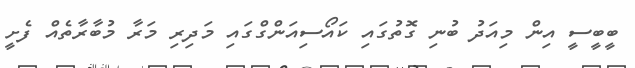
ބީބީސީ އިން މިއަދު ބުނި ގޮތުގައި ކައޯސިއަންގްގައި މަދިރި މަރާ މުބާރާތެއް ފެށީ